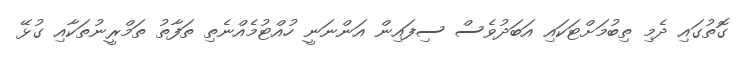
ގޮތުގައި ދެމި ތިބުމަށްޓަކައި އަބަދުވެސް ސިފައިން އަންނަނީ ހުއްޓުމެއްނެތި ތަފާތު ތަމްރީނުތަކާއި ގުޅޭ